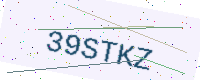
Text: 39STKZ